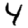
Digit: 4